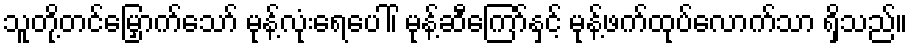
သူတို့တင်မြှောက်သော် မုန့်လုံးရေပေါ်၊ မုန့်ဆီကြော်နှင့် မုန့်ဖက်ထုပ်လောက်သာ ရှိသည်။